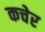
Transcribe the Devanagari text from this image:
कचेर